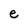
Character: e